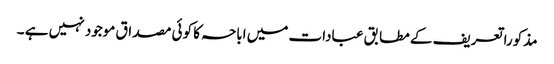
مذکورا تعریف کے مطابق عبادات میں اباحہ کا کوئی مصداق موجود نہیں ہے ۔